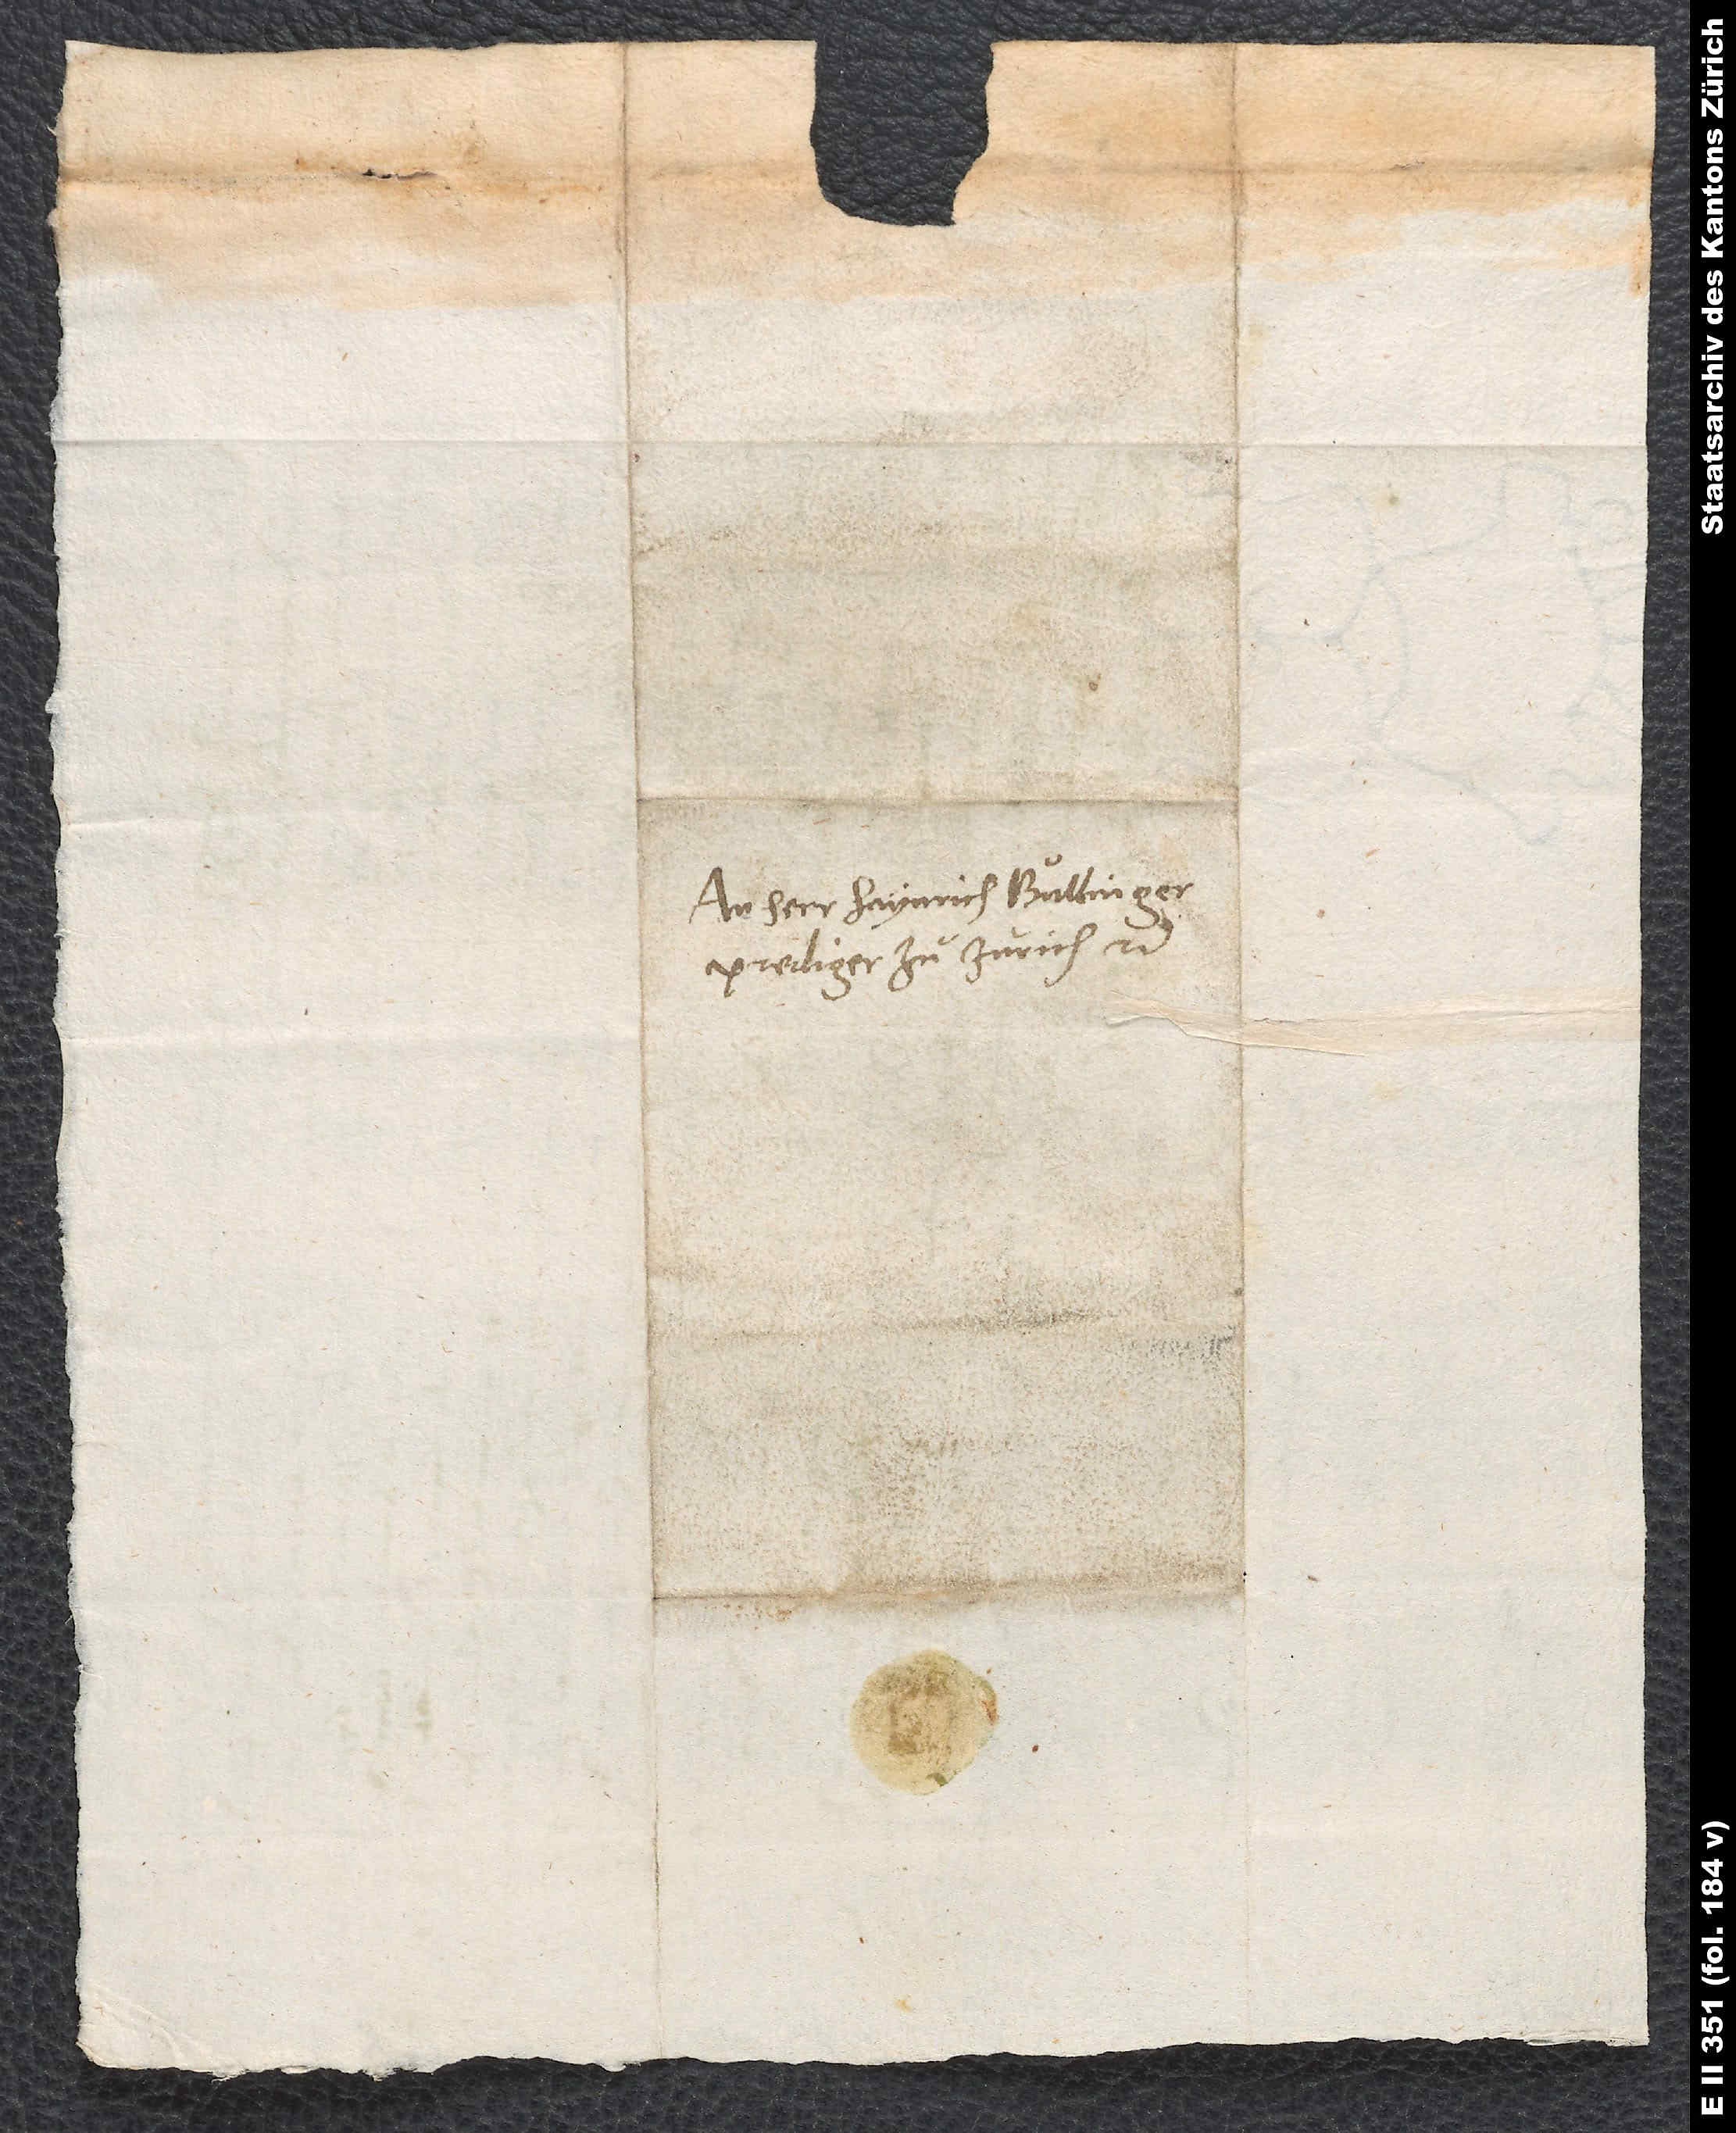
An herr Heynrich Bullinger,
prediger zu Zürich etc.